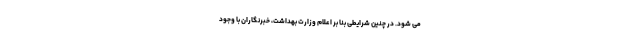
می شود. در چنین شرایطی بنا بر اعلام وزارت بهداشت، خبرنگاران با وجود